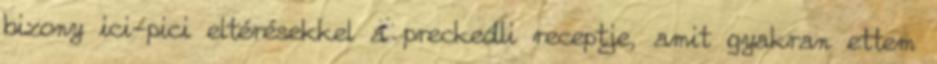
bizony ici-pici eltérésekkel a preckedli receptje, amit gyakran ettem